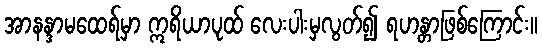
အာနန္ဒာမထေရ်မှာ ဣရိယာပုထ် လေးပါးမှလွတ်၍ ရဟန္တာဖြစ်ကြောင်း။